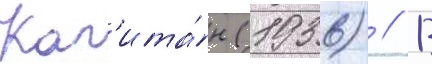
Кап'ита́н (1936) // В